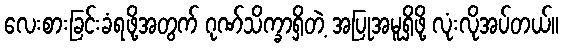
လေးစားခြင်းခံရဖို့အတွက် ဂုဏ်သိက္ခာရှိတဲ့ အပြုအမူရှိဖို့ လုံးလိုအပ်တယ်။